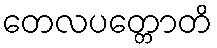
တေလပတ္တောတိ